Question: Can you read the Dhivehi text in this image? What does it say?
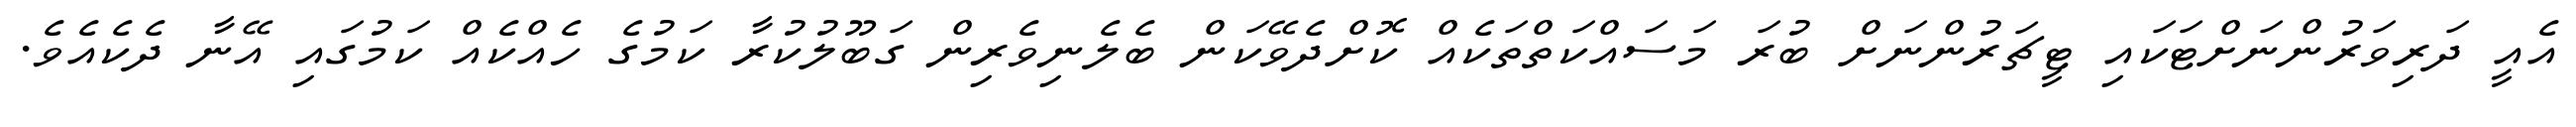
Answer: އެއީ ދަރިވަރުންނަށްޓަކައި ޓީޗަރުންނަށް ބުރަ މަސައްކަތްތަކެއް ކޮށްދެވޭކަން ބެލެނިވެރިން ގަބޫލުކުރާ ކަމުގެ ހެއްކެއް ކަމުގައި އޭނާ ދެކެއެވެ.